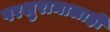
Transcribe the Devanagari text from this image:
परशुरामालाही